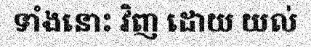
ទាំងនោះ វិញ ដោយ យល់